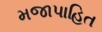
મજાપાહિત